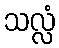
သလ္လံ